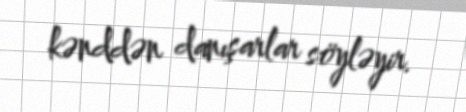
kənddən danışarlar söyləyir.